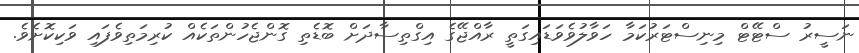
ނަސީރު ސްޓޭޓް މިނިސްޓަރުކަމާ ހަވާލުވެވަޑައިގަތީ ރާއްޖޭގެ އިގްތިސާދަށް ބޮޑެތި ގޮންޖެހުންތަކެއް ކުރިމަތިވެފައި ވަކިކޮށެވެ.